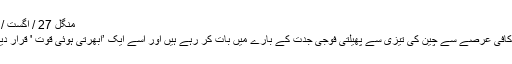
منگل 27 / اگست / 2019
ماہرین کافی عرصے سے چین کی تیزی سے پھیلتی فوجی جدت کے بارے میں بات کر رہے ہیں اور اسے ایک ’ابھرتی ہوئی قوت ' قرار دیتے ہیں۔